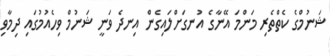
ޝަނުމްގެ ކެތްތެރި މަންމަ އޭނާގެ އުނގަށްލައިގެން އިނދެ ވަނީ ޝަނުމް ވިހެއުމުގައި ދިމާވި